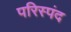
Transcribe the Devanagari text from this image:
परिस्पंद